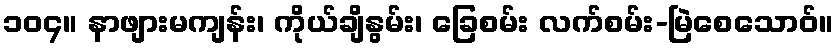
၁၀၄။ နာဖျားမကျန်း၊ ကိုယ်ချိနွမ်း၊ ခြေစမ်း လက်စမ်း-မြဲစေသောဝ်။